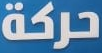
حركة